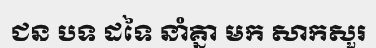
ជន បទ ដទៃ នាំគ្នា មក សាកសួរ